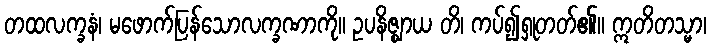
တထလက္ခနံ၊ မဖောက်ပြန်သောလက္ခဏာကို။ ဥပနိဇ္ဈာယ တိ၊ ကပ်၍ရှုတတ်၏။ ဣတိတသ္မာ၊